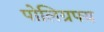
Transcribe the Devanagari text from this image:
पोलिग्रफ्य